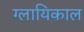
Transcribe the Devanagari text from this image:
ग्लायिकाल